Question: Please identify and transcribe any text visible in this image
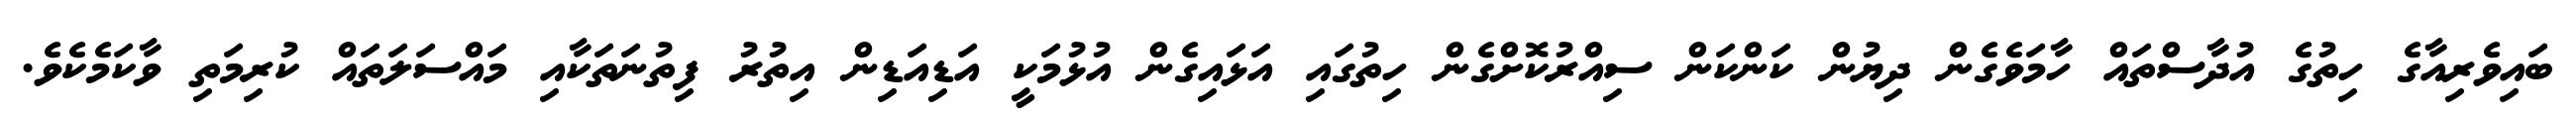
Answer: ބައިވެރިއާގެ ހިތުގެ އުދާސްތައް ހާމަވެގެން ދިޔުން ކަންކަން ސިއްރުކޮށްގެން ހިތުގައި އަޅައިގެން އުޅުމަކީ އަޑިއަޑިން އިތުރު ފިތުނަތަކާއި މައްސަލަތައް ކުރިމަތި ވާކަމެކެވެ.